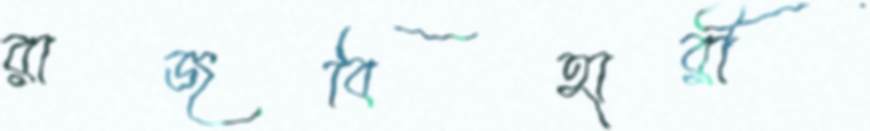
রাজবিহারী